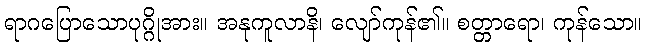
ရာဂပြောသောပုဂ္ဂိုအား။ အနုကူလာနိ၊ လျော်ကုန်၏။ စတ္တာရော၊ ကုန်သော။